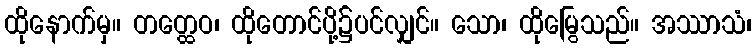
ထိုနောက်မှ။ တတ္ထေဝ၊ ထိုတောင်ပို့၌ပင်လျှင်။ သော၊ ထိုမြွေသည်။ အဿာသံ၊